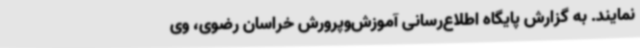
نمایند. به گزارش پایگاه اطلاع‌رسانی آموزش‌وپرورش خراسان رضوی، وی